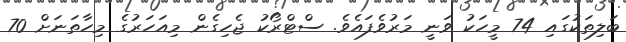
ބަލިތަކުގައި 74 މީހަކު ވަނީ މަރުވެފައެވެ. ސްޓްރޯކު ޖެހިގެން މިއަހަރުގެ މިހާތަނަށް 70